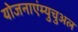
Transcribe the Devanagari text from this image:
योजनाएंम्युचुअल